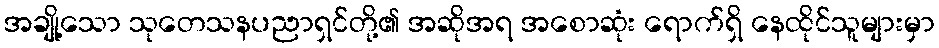
အချို့သော သုတေသနပညာရှင်တို့၏ အဆိုအရ အစောဆုံး ရောက်ရှိ နေထိုင်သူများမှာ